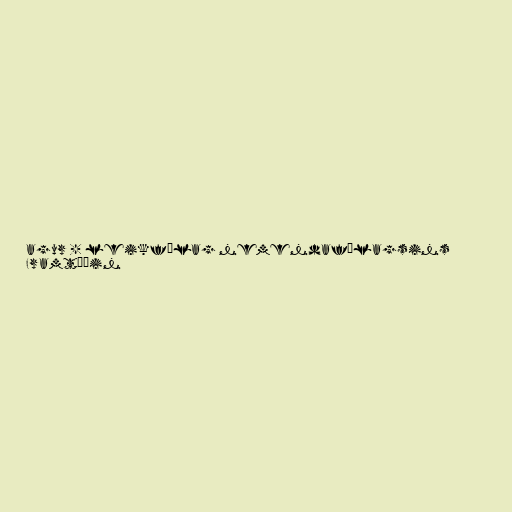
agur - leikfélag nemendafélagsins
Framtíðin